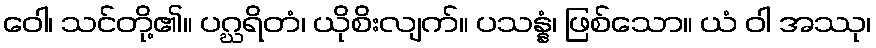
ဝေါ၊ သင်တို့၏။ ပဂ္ဃရိတံ၊ ယိုစိးလျက်။ ပသန္နံ၊ ဖြစ်သော။ ယံ ဝါ အဿု၊